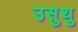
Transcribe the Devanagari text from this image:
उसुथु